Punjab Mental Hospital Lahore 1922-31 - 1922-1931
Year: 1922
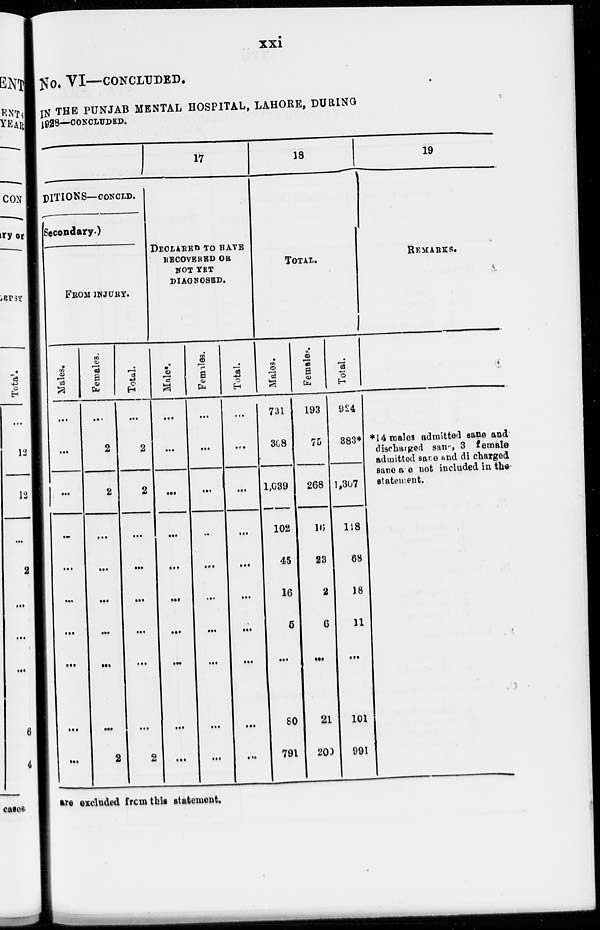
xxi
No. VI—CONCLUDED.
IN THE PUNJAB MENTAL HOSPITAL, LAHORE, DURING
1928—CONCLUDED.
DITIONS—CONCLD.
Secondary.)
FROM INJURY.
Males.
...
...
...
...
...
...
...
...
...
...
Females.
...
2
2
...
...
...
...
...
...
2
Total.
...
2
2
...
...
...
...
...
...
2
17
DECLARED TO HAVE
RECOVERED OR
NOT YET
DIAGNOSED.
Males.
...
...
...
...
...
...
...
...
...
...
Females.
...
...
...
...
...
...
...
...
...
...
Total.
...
...
...
...
...
...
...
...
...
...
18
TOTAL.
Males.
731
308
1,039
102
45
16
5
...
80
791
Females.
193
75
268
16
23
2
6
...
21
200
Total.
924
883*
1,307
118
68
18
11
...
101
991
19
REMARKS.
* 14 males admitted sane and
discharged sane, 3 female
admitted sane and dicharged
sane are not included in the
statement.
are excluded from this statement.